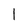
Character: 1